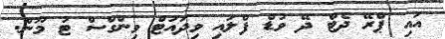
އައި ޕްރޭ ދެޓް ދޭ ވުޑް ފްލައި ވިދައުޓް ވިންގްސް ޓު މޫން.